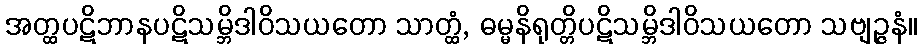
အတ္ထပဋိဘာနပဋိသမ္ဘိဒါဝိသယတော သာတ္ထံ, ဓမ္မနိရုတ္တိပဋိသမ္ဘိဒါဝိသယတော သဗျဉ္ဇနံ။